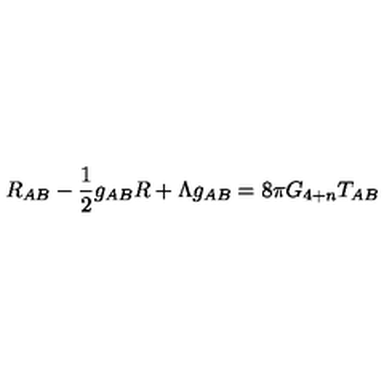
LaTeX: R _ { A B } - \frac { 1 } { 2 } g _ { A B } R + \Lambda g _ { A B } = 8 \pi G _ { 4 + n } T _ { A B }